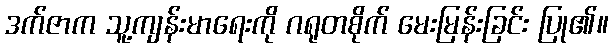
ဒက်ဇာက သူ့ကျန်းမာရေးကို ဂရုတစိုက် မေးမြန်းခြင်း ပြု၏။